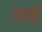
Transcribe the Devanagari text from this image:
दराई